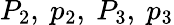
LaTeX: P_{2},\ p_{2},\ P_{3},\ p_{3}